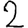
Digit: 2